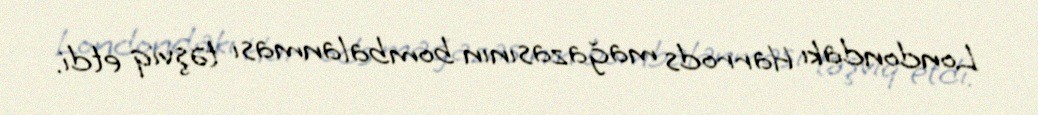
Londondakı Harrods mağazasının bombalanması təşviq etdi.